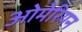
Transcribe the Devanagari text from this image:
ओमेरियन